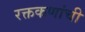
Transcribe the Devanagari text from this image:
रक्तकणांची